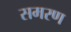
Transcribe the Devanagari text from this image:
समरण